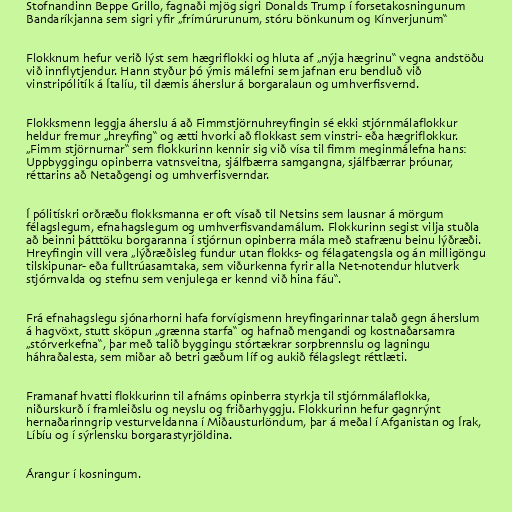
Stofnandinn Beppe Grillo, fagnaði mjög sigri Donalds Trump í forsetakosningunum
Bandaríkjanna sem sigri yfir „frímúrurunum, stóru bönkunum og Kínverjunum“

Flokknum hefur verið lýst sem hægriflokki og hluta af „nýja hægrinu“ vegna andstöðu
við innflytjendur. Hann styður þó ýmis málefni sem jafnan eru bendluð við
vinstripólitík á Ítalíu, til dæmis áherslur á borgaralaun og umhverfisvernd.

Flokksmenn leggja áherslu á að Fimmstjörnuhreyfingin sé ekki stjórnmálaflokkur
heldur fremur „hreyfing“ og ætti hvorki að flokkast sem vinstri- eða hægriflokkur.
„Fimm stjörnurnar“ sem flokkurinn kennir sig við vísa til fimm meginmálefna hans:
Uppbyggingu opin­berra vatns­veitn­a, sjálf­bærra sam­gangna, sjálfbærrar þróunar,
réttarins að Net­að­gengi og umhverf­is­verndar.

Í pólitískri orðræðu flokksmanna er oft vísað til Netsins sem lausnar á mörgum
félagslegum, efnahagslegum og umhverfisvandamálum. Flokkurinn segist vilja stuðla
að beinni þátttöku borgaranna í stjórnun opinberra mála með stafrænu beinu lýðræði.
Hreyfingin vill vera „lýðræðisleg fundur utan flokks- og félagatengsla og án milligöngu
tilskipunar- eða fulltrúasamtaka, sem viðurkenna fyrir alla Net-notendur hlutverk
stjórnvalda og stefnu sem venjulega er kennd við hina fáu“.

Frá efnahagslegu sjónarhorni hafa forvígismenn hreyfingarinnar talað gegn áherslum
á hagvöxt, stutt sköpun „grænna starfa“ og hafnað mengandi og kostnaðarsamra
„stórverkefna“, þar með talið byggingu stórtækrar sorpbrennslu og lagningu
háhraðalesta, sem miðar að betri gæðum líf og aukið félagslegt réttlæti.

Framanaf hvatti flokkurinn til afnáms opinberra styrkja til stjórnmálaflokka,
niðurskurð í framleiðslu og neyslu og friðarhyggju. Flokkurinn hefur gagnrýnt
hernaðarinngrip vesturveldanna í Miðausturlöndum, þar á meðal í Afganistan og Írak,
Líbíu og í sýrlensku borgarastyrjöldina.

Árangur í kosningum.